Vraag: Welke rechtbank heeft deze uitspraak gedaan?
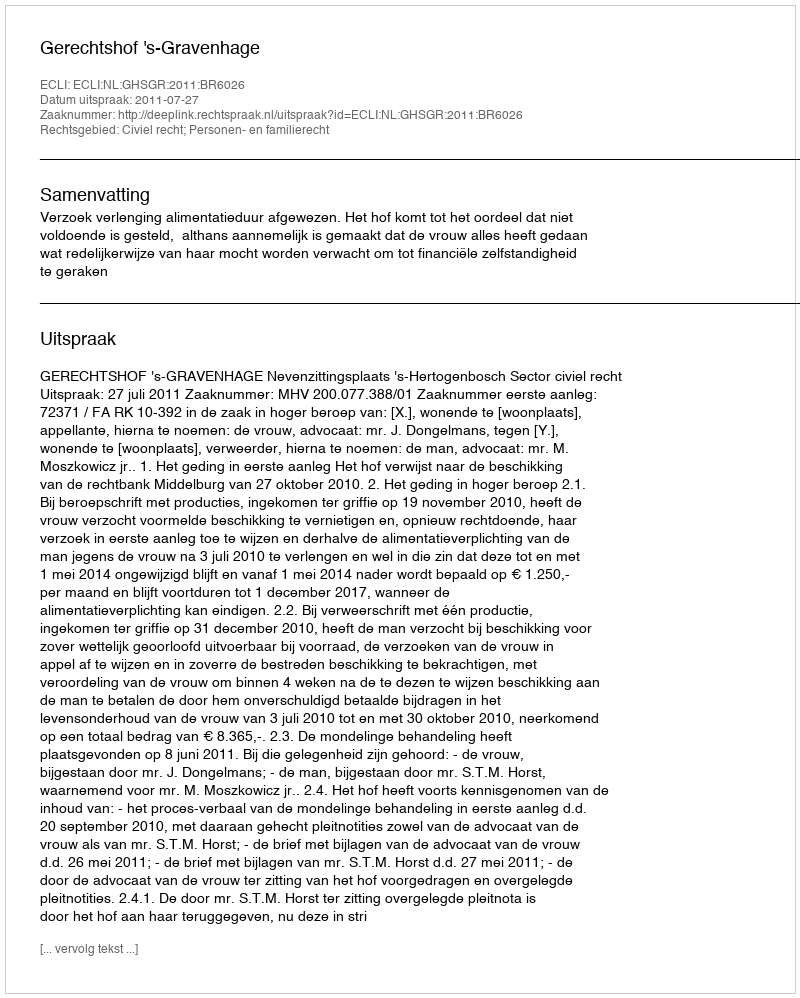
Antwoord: Gerechtshof 's-Gravenhage